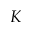
{ K }